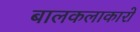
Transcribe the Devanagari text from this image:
बालकलाकारो